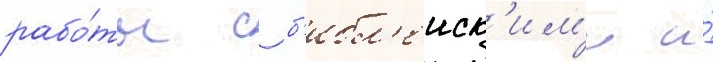
рабо́ты с б'ибл'еиск'им'и и́